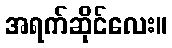
အရက်ဆိုင်လေး။